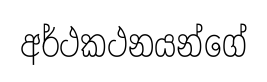
අර්ථකථනයන්ගේ